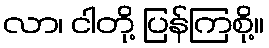
လာ၊ ငါတို့ ပြန်ကြစို့။